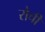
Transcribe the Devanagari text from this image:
रोची